Vaccination North-Western Provinces and Oudh 1896-1901 - 1896-1901
Year: 1896
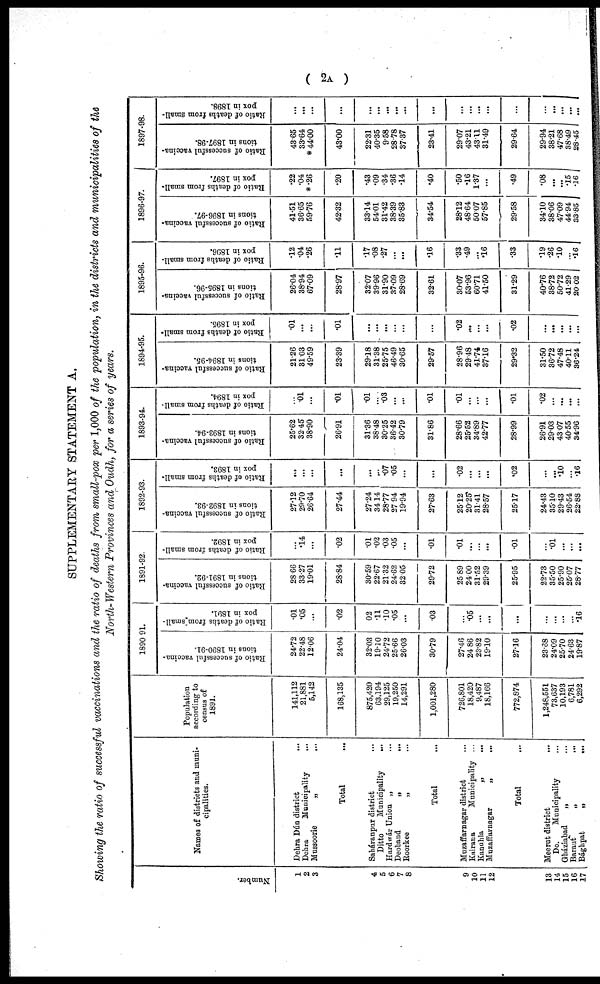
(
2A)
SUPPLEMENTARY STATEMENT A.
Showing the ratio of successful vaccinations and the ratio of deaths from small-pox per 1,000 of the population, in the districts and municipalities of the
North-Western Provinces and Oudh, for a series of years.
Number.
1
2
3
4
5
6
7
8
9
10
11
12
13
14
15
16
17
Names of districts and muni-
cipalities.
Dehra Dún district ...
Dehra Municipality ...
Mussoorie
„ ...
Total ...
Saháranpur district ...
Ditto Municipality ...
Hardwá Union „ ...
Deoband „ ...
Roorkee
„ ...
Total ...
Muzaffarnagar district ...
Kairana Municipality ...
Kandhla „ ...
Muzaffarnagar
„
...
Total ...
Meerut district ...
Do. Municipality ...
Gháziabad „ ...
Baraut „ ...
Bághpat
„
...
Population
according to
census of
1891.
141,112
21,881
5,142
168,135
875,420
63,194
29,125
19,250
14,291
1,001,280
726,801
18,420
9,487
18,166
772,874
1,248,551
73,637
10,193
6,781
6,292
1890- 91.
Ratio of successful vaccina-
tions in 1890-91.
24.72
22.48
12.06
24.04
32.03
19.10
24.72
25.66
26.03
30.79
27.46
24.86
23.82
19.10
27.16
23.68
24.09
25.70
24.63
19.87
Ratio of deaths from small¬
pox in 1891.
.01
.05
...
.02
.02
.11
.10
.05
...
.03
...
.05
...
...
...
...
...
...
...
.16
1891-92.
Ratio of successful vaccina-
tions in 1891-92.
28.66
33.27
19.01
28.84
30.59
22.67
21.32
24.62
32.05
29.72
25.89
24.00
31.52
29.39
25.95
22.73
35.50
25.90
25.07
28.77
Ratio of deaths from small-
pox in 1892.
...
.14
...
.02
.01
.02
.03
.05
...
.01
.01
...
...
...
.01
...
.01
...
...
...
1892-93.
Ratio of successful vaccina-
tions in 1892-93.
27.12
29.70
26.64
27.44
27.24
34.14
28.77
27.94
19.94
27.63
25.12
20.25
31.41
28.57
25.17
24.43
35.10
29.43
26.54
22.88
Ratio of deaths from small-
pox in 1893.
...
...
...
...
...
...
.07
.05
...
...
.02
...
...
...
.02
...
... .10
...
.16
1893-94.
Ratio of successful vaccina-
tions in 1893-94.
25.62
32.45
38.90
26.91
31.36
38.48
30.25
36.42
30.79
31.86
28.66
25.52
34.89
42.77
28.99
26.91
29.03
43.07
40.55
34.96
Ratio of deaths from small-
pox in 1894.
...
.01
...
.01
.01
...
.03
...
...
.01
.01
...
...
...
.01
.02
...
...
...
...
1894-95.
Ratio of successful vaccina-
tions in 1894-95.
21.26
31.03
49.59
23.39
29.18
31.38
25.75
46.49
30.65
29.57
28.96
29.48
41.74
37.16
29.32
31.50
36.72
47.48
40.11
36.24
R atio of deaths from small¬
pox in 1895.
.01
...
...
.01
...
...
...
...
...
...
.02
...
...
...
.02
...
...
...
...
...
1895-96.
Ratio of successful vaccina-
tions in 1895-96.
26.04
38.94
67.09
28.97
32.07
39.96
31.90
37.09
28.69
32.61
30.07
53.96
60.71
41.50
31.29
40.76
38.72
50.72
41.29
20.02
R atio of deaths from small-
pox in 1896.
.12
.04
.26
.11
.17
.08
.27
...
...
.16
.33
.49
...
.16
.33
.19
.26
.10
...
.16
1896-97.
Ratio of successful vaccina-
tions in 1896-97.
41.51
36.65
59.76
42.32
33.14
54.01
31.42
38.39
35.83
34.54
28.12
48.64
50.07
57.85
29.58
34.10
38.06
47.09
44.94
33.85
Ratio of deaths from small-
pox in 1897.
.22
.04
*.26
.20
.43
.09
.34
.36
.14
.40
.50
.16
1.37
...
.49
.08
...
...
.15
.16
1897-98.
Ratio of successful vaccina-
tions in 1897-98.
43.65
33.64
* 44.00
43.00
22.31
40.35
9.58
28.78
37.37
23.41
29.07
43.21
43.11
31.49
29.64
29.94
38.21
47.68
38.49
28.45
Ratio of deaths from Small-
pox in 1898.
...
...
...
...
...
...
...
...
...
...
...
...
...
...
...
...
...
...
...
...